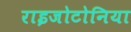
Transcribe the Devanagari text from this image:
राइजोटोनिया